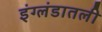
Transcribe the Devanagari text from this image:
इंग्लंडातली